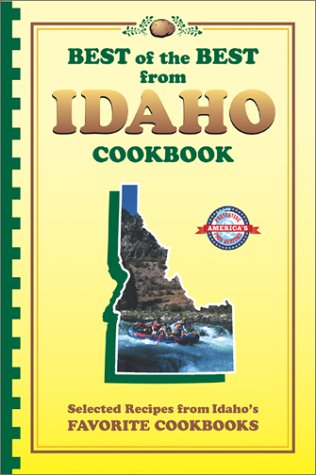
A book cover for Best of the Best from Idaho Cookbook: Selected Recipes from Idaho's Favorite Cookbooks (Best of the Best State Cookbooks); Cookbooks, Food & Wine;